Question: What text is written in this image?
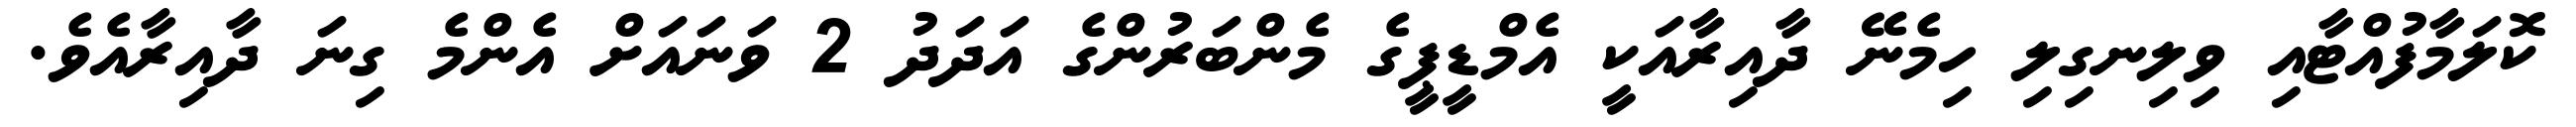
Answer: ކޮލަމާފުއްޓާއި ވިލިނގިލި ހިމެނޭ ދާއިރާއަކީ އެމްޑީޕީގެ މެންބަރުންގެ އަދަދު 2 ވަނައަށް އެންމެ ގިނަ ދާއިރާއެވެ.